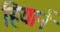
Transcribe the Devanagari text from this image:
हियार्न